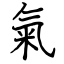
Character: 氣